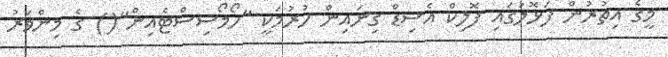
މީގެ އިތުރުން ފަޅޮލުގައި ފޮލިކް އެސިޑް ގިނައިން ހުރުމަކީ "ހޯމޯސިސްޓެއިން"() ގެ މިންވަރު